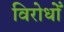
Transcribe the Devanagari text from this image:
विरोधोँ